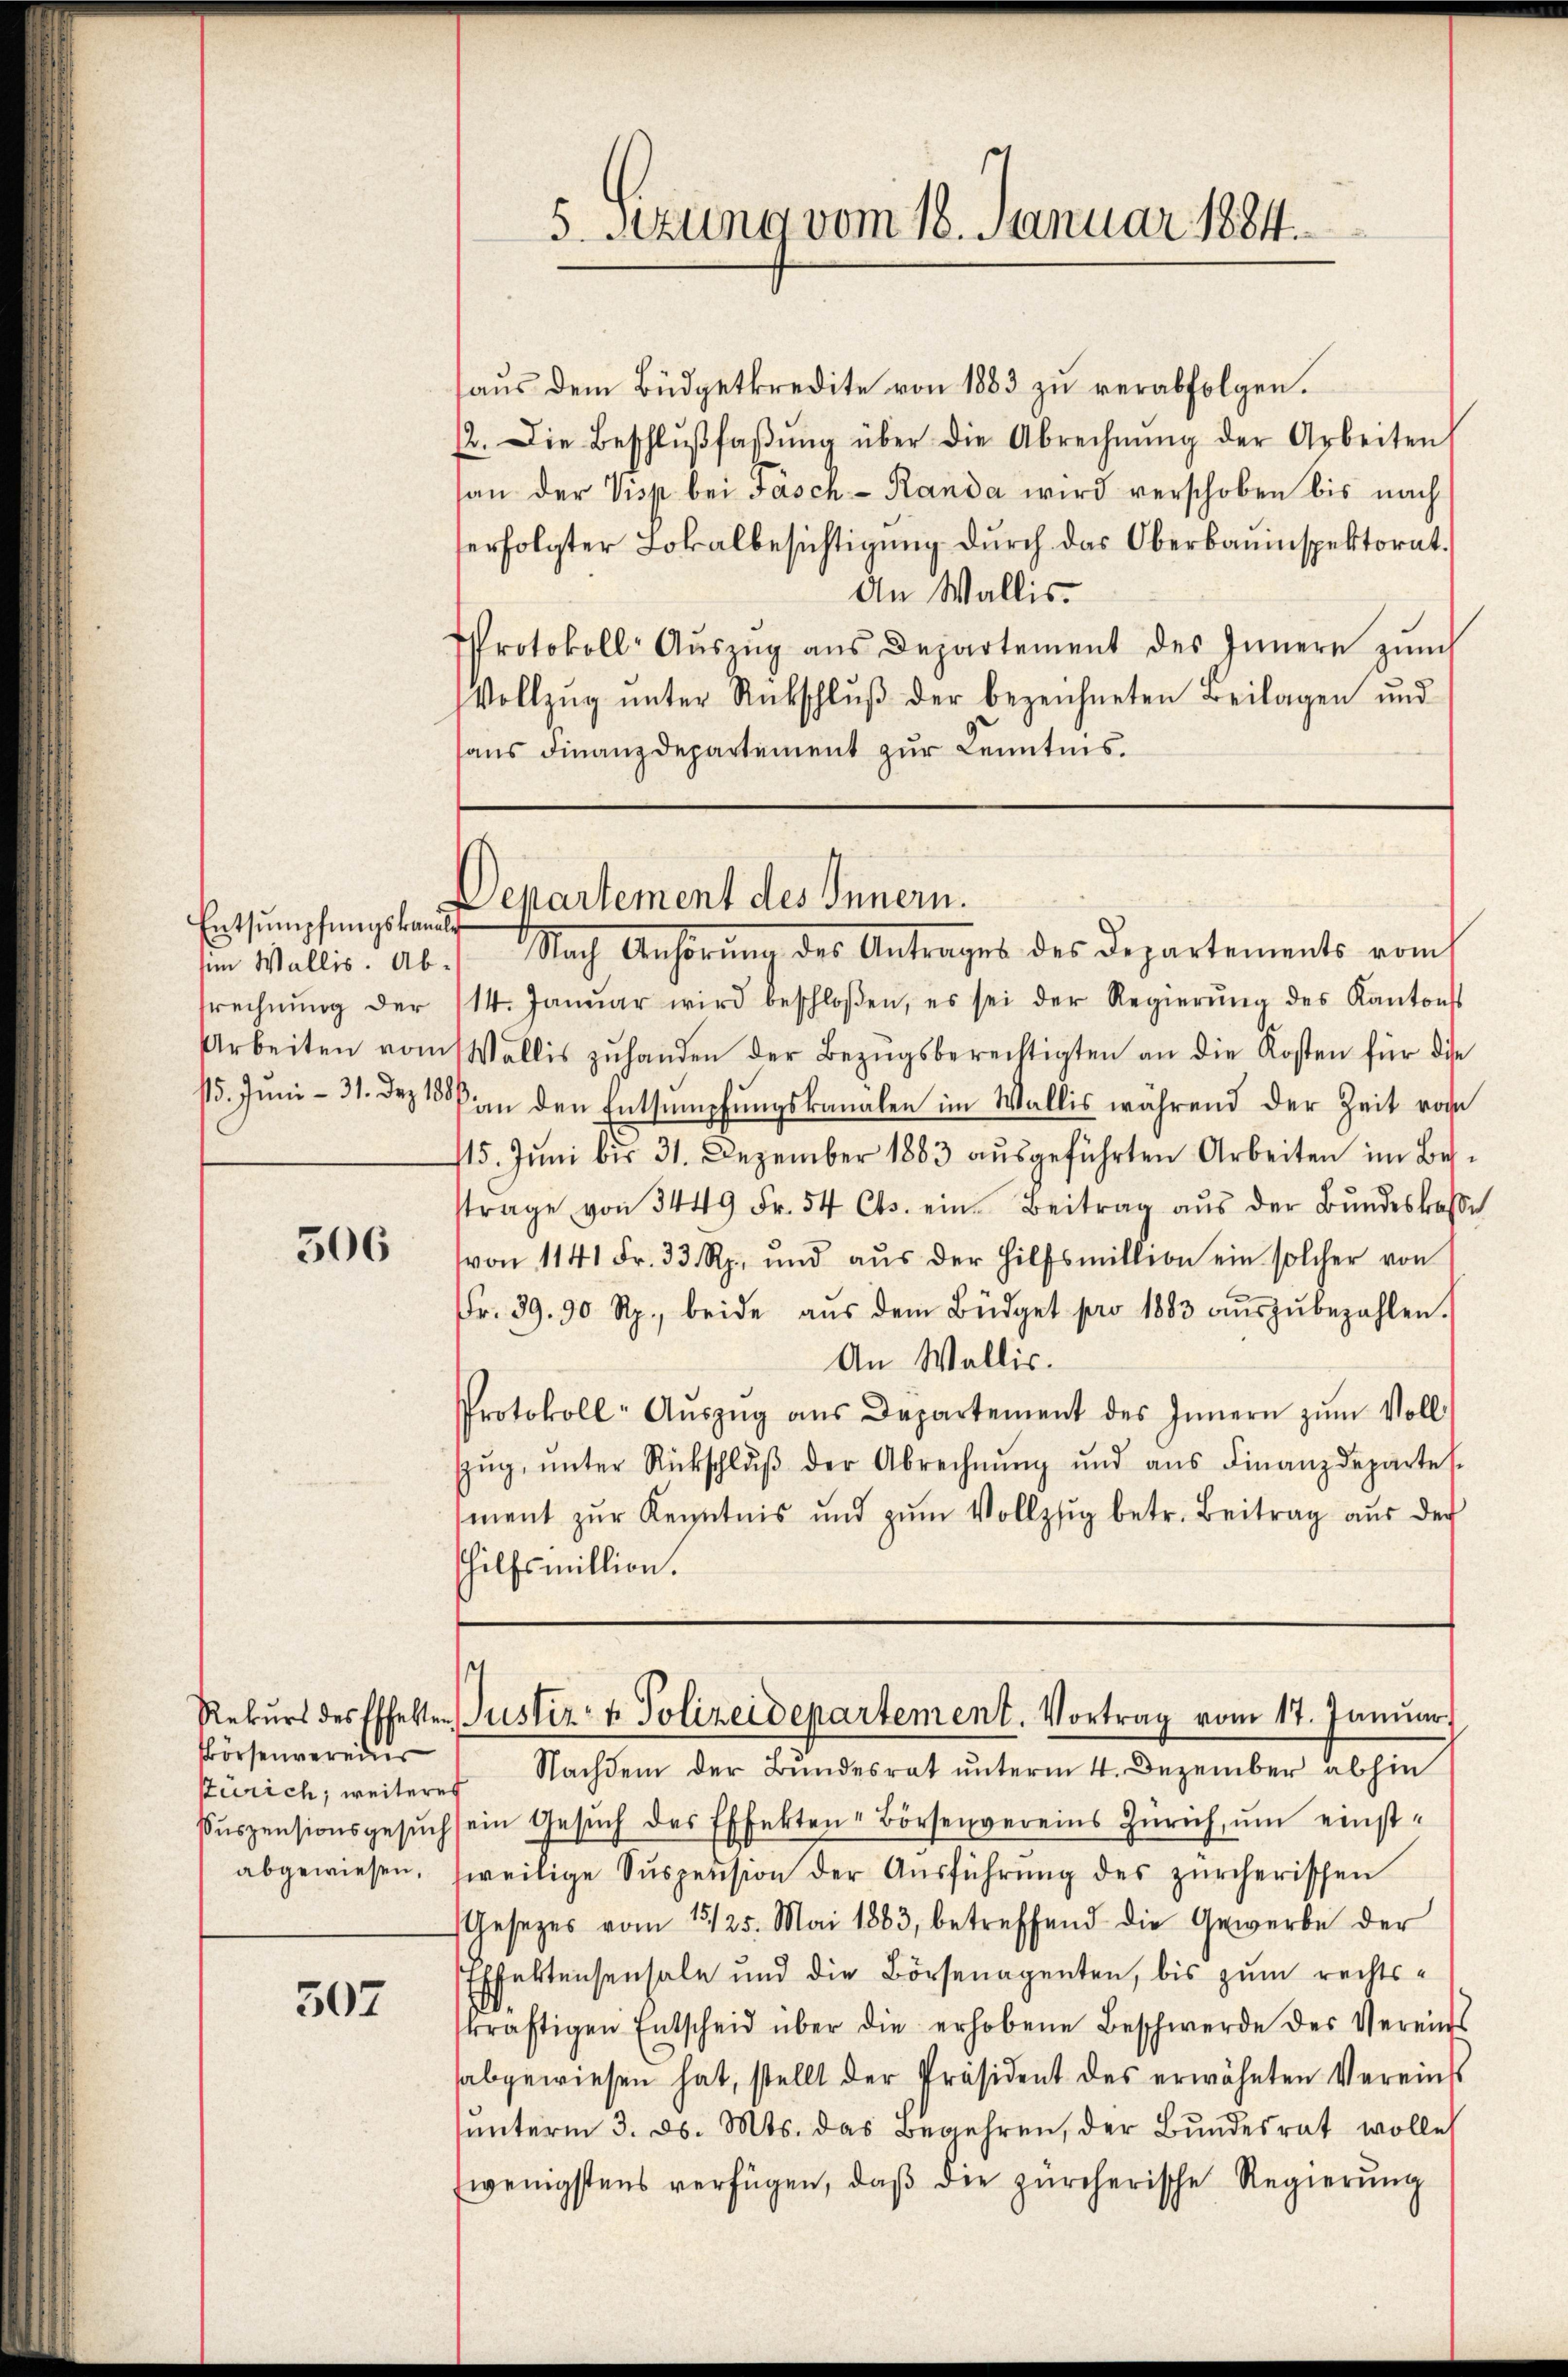
Entsumpfungskanals
sim Wallis. Abtrechnung der

506

Börsenvereins
Zürich, weiteres
abgewiesen,

507

aus dem Büdgetkredite von 1883 zu verabfolgen.
12. Die Beschlŭβfaβŭng über die Abrechnŭng der Arbeiten
san der Visp bei Fasch - Randa wird verschoben bis nach
erfolgter Lokalbesichtigŭng durch das Oberbauinspektorat.
An Wallis.
Protokoll- Aŭszŭg aŭs Departement des Innern zŭm
Vollzŭg ŭnter Rückschlŭβ der bezeichneten Beilagen und
sans Finanzdepartement zur Kenntnis.

5 sezung vom 18. Januar 1884.

Departement des Innern.

Nach Anhörung des Antrages des Departements vom
14. Janŭar wird beschloßen, es sei der Regierŭng des Kantonst
Arbeiten vom Wallis zŭ handen der Bezŭgsberechtigten an die Kosten für die
115. Juni - 31. Dez. 1880 an den Entsumpfungskanalen im Wallis während der Zeit vom
15. Jŭni bis 31. Dezember 1883 aŭsgeführten Arbeiten im Bes-
strage von 3449 Fr. 54 Cts. ein Beitrag aŭs der Bŭndeskasse
von 1141 Fr. 33 Rp. und aŭs der Hilfsmillion ein solcher von
fr. 39. 90 Rp., beide aŭs dem Büdget pro 1883 aŭszŭbezahlen.
An Wallis.
Protokoll-Aŭszŭg ans Departement des Innern zŭm Voll
Zŭg, ŭnter Rückschlŭβ der Abrechnŭng und aŭs Finanzdepartes
ment zŭr Kenntnis und zŭm Vollzug betr. Beitrag aŭs der
hilfsmillion.

e
Rekŭrs des Effekten Justiz- & Polizeidepartement. Vortrag vom 17. Janŭar

Nachdem der Bundesrat unterm 4. Dezember abhin
Pŭspensionsgesŭch sein Gesŭch des Effekten Börsenvereins Zürich, um einstweilige Suspension der Aŭsführŭng des zürcherischen
Gesetzes vom 15/25. Mai 1883, betreffend die Gewerbe der
Effektensensale und die Börsenagenten, bis zum rechtskräftigen Entscheid über die erhobene Beschwerde des Vereins
abgewiesen hat, stellt der Präsident des erwähnten Vereinst
ŭnterm 3. ds. Mts. das Begehren, der Bŭndesrat wolle
wenigstens verfügen, daß die zürcherische Regierung